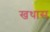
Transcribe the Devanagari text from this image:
खथास